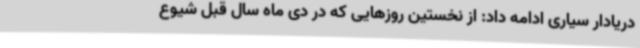
دریادار سیاری ادامه داد: از نخستین روزهایی که در دی ماه سال قبل شیوع